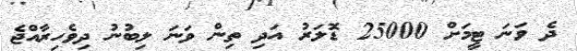
ދެ ވަނަ ޓީމަށް 25000 ޑޮލަރު އަދި ތިން ވަނަ ލިބުނު ދިވެހިރާއްޖެ